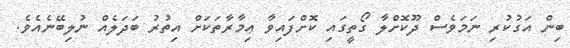
ބިން އަގުކުރި ނަމަވެސް ދޫކޮށްލާ ގޯތީގައި ކޮށްފައިވާ ޢިމާރާތަކަށް އިތުރު ބަދަލެއް ނުލިބޭނެއެވެ.